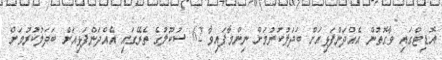
އޮޑިޓްގައި ވާގޮތުން އެއްދަންފަޅިއަށް ބަދަލުކުރުމަށް ނިންމާފައިވާ 62 ސުކޫލުގެ ތެރޭގައި އެއްދަންފަޅިއަށް ބަދަލުކުރުމަށް